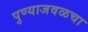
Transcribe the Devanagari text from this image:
पुण्याजवळचा